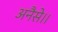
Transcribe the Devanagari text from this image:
अनैसे।।